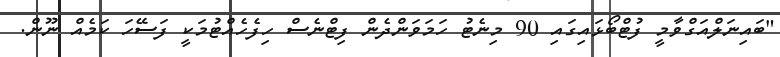
"ބައިނަލްއަގްވާމީ ފުޓްބޯޅައިގައި 90 މިނެޓު ހަމަވަންދެން ފިޓްނެސް ހިފެހެއްޓުމަކީ ފަސޭހަ ކަމެއް ނޫން.